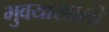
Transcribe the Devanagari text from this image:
भुवयाखाली